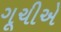
ગૂચીએ